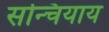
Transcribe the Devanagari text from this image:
सन्चियाय